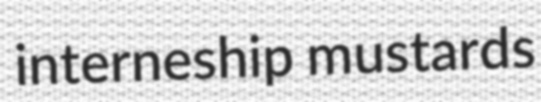
interneship mustards